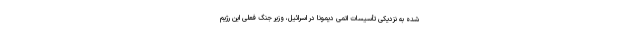
شده به نزدیکی تأسیسات اتمی دیمونا در اسرائیل، وزیر جنگ فعلی این رژیم